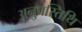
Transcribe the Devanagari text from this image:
अनुपस्तिथि